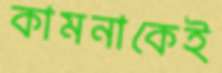
কামনাকেই